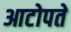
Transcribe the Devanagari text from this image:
आटोपते